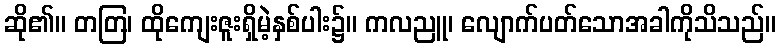
ဆို၏။ တတြ၊ ထိုကျေးဇူးရှိမဲ့နှစ်ပါး၌။ ကလညူ၊ လျောက်ပတ်သောအခါကိုသိသည်။